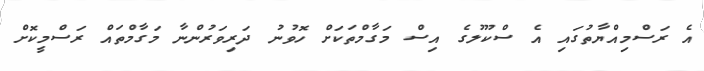
އެ ރަސްމިއްޔާތުގައި އެ ސްކޫލުގެ އިސް މަގާމްތަކަށް ހޮވުނު ދަރިވަރުންނާ މަގާމްތައް ރަސްމީކޮށް